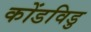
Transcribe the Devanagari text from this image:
कोंडविडु